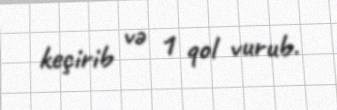
keçirib və 1 qol vurub.